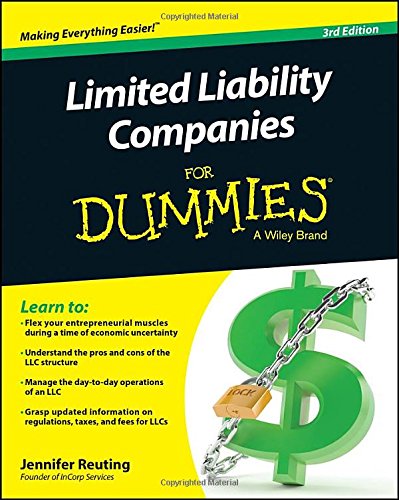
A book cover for Limited Liability Companies For Dummies; Jennifer Reuting; Law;